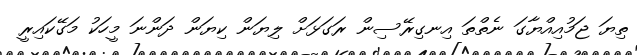
ތިޔަ ޖަމުއިއްޔާގަ ނެތްތަ އިނގިރޭސިން ރަގަޅަށް ލިޔަން ކިޔަން ދަންނަ މީހަކު މަގޭކައިރީ